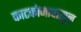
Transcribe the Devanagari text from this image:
काटकोनापासून